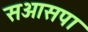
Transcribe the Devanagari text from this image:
सआसपा